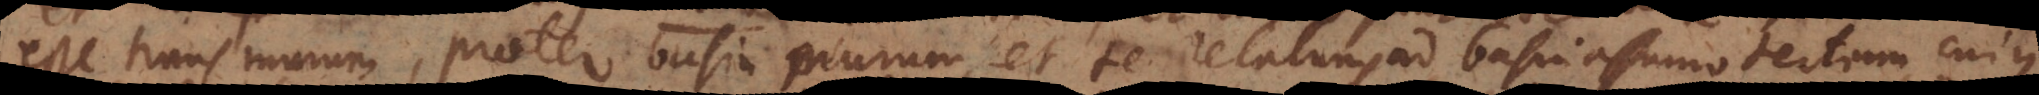
esse trans murum, praeter basin murum, et te relatum ad basin assumo